Memorandum on the prevention of leprosy by segregation of the affected
Disease focus: Leprosy
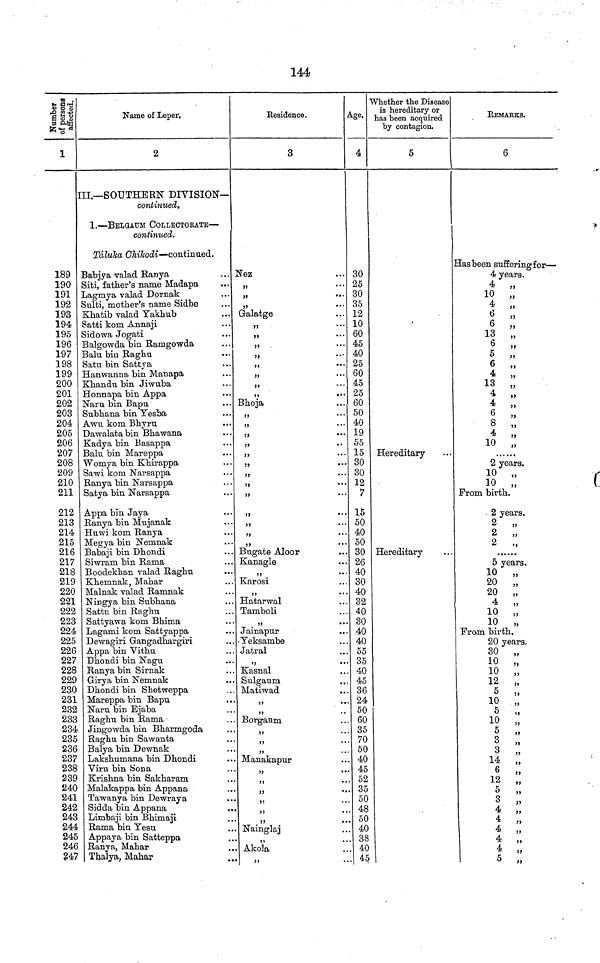
144
Number of persons affected.
1
189
190
191
192
193
194
195
196
197
198
199
200
201
202
203
204
205
206
207
208
209
210
211
212
213
214
215
216
217
218
219
220
221
222
223
224
225
226
227
228
229
230
231
232
233
234
235
236
237
238
239
240
241
242
243
244
245
246
247
Name of Leper,
2
III.—SOUTHERN DIVISION—
continued.
1.—BELGAUM COLLECTORATE—
continued.
Táluka Chikodi—continued.
Babjya valad Ranya
Siti, father's name Madapa
Lagmya valad Dornak
Sulti, mother's name Sidbe
Khatib valad Yakhub
Satti kom Annaji
Sidowa Jogati
Balgowda bin Ramgowda
Balu biu Raghu
Satu bin Sattya
Hanwanna bin Manapa
Khandu bin Jiwuba
Honnapa bin Appa
Naru bin Bapu
Subhana bin Yesba
Awu kom Bhyru
Dawalata bin Bhawana
Kadya bin Basappa
Bala bin Mareppa
Womya bin Khirappa
Sawi kom Narsappa
Ranya bin Narsappa
Satya bin Narsappa
Appa bin Jaya
Ranya bin Mujanak
Huwi kom Ranya
Megya bin Nemnak
Babaji bin Dhondi
Siwram bin Rama
Boodekhan valad Raghu
Khemnak, Mahar
Malnak valad Ramnak
Ningya bin Subhana
Sattu bin Raghu
Sattyawa kom Bhima
Lagami kom Sattyappa
Dewagiri Gangadhargiri
Appa bin Vithu
Dhondi bin Nagu
Ranya bin Sirnak
Girya bin Nemnak
Dhondi bin Shetweppa
Mareppa bin Bapu
Naru bin Ejaba
Raghu bin Rama
Jingowda bin Bharmgoda
Raghu bin Sawanta
Balya bin Dewnak
Lakshumana bin Dhondi
Viru bin Sona
Krishna bin Sakharam
Malakappa bin Appana
Tawanya bin Dewraya
Sidda bin Appana
Limbaji bin Bhimaji
Rama bin Yesu
Appaya bin Satteppa
Ranya, Mahar
Thalya, Mahar
Residence.
3
Nez
„
»
*••
,,
...
Galatge
,,
„
,,
»
„
Bhoja
....
,,
...
„
„
„
„
„
„
„
„
>»
•••
„
„
„
Bugate Aloor
Kanagle
„
Karosi
„
Hatarwal
Tamboli
Jainapur
Yeksambe
Jatral
„
Kasnal
Sulgaum
Matiwad
..
>>
••
„
Borgaum
„
„
„
Manakapur
„
M
* *
„
„
„
I?
• •
Nainglai
„
Akola
Age.
4
30
25
30
35
12
10
60
45
40
25
60
45
25
60
50
40
19
55
15
30
30
12
7
15
50
40
50
30
26
40
30
40
32
40
30
40
40
55
35
40
45
36
24
50
60
35
70
50
40
45
52
35
50
48
50
40
38
40
45
Whether the Disease
is hereditary or
has been acquired
by contagion.
5
Hereditary
Hereditary
REMARKS.
6
Has been suffering for—
4 years.
4 „
10 „
4 „
6
„
6 „
13 „
6 „
5 „
6 „
4 „
13 „
4 „
4 „
6 „
8 „
4 „
10 „
2 years.
10 „
10 „
From birth.
2 years.
2 „
2 „
2
„
5 years.
10
„
20 „
20 „
4
„
10 „
10 „
From birth.
20 years.
30 „
10 „
10 „
12 „
5
„
10 „
10 „
5
„
3 „
3 „
14 „
6
12 „
5
,,
3 „
4 „
4 „
4 „
4 „
4 „